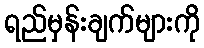
ရည်မှန်းချက်များကို